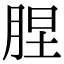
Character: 𦛠